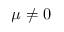
\mu \neq 0